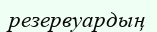
резервуардың